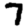
Digit: 7